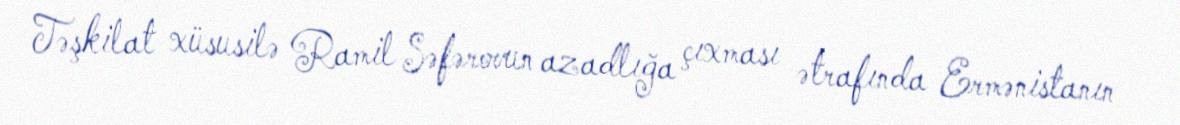
Təşkilat xüsusilə Ramil Səfərovun azadlığa çıxması ətrafında Ermənistanın